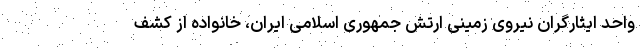
واحد ایثارگران نیروی زمینی ارتش جمهوری اسلامی ایران، خانواده از کشف